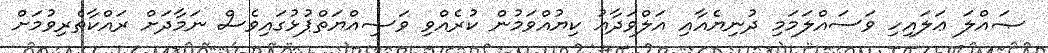
ޞައްލަ ޢަލައިހި ވަސައްލަމަމި ދުނިޔެއާއި އަލްވަދާޢު ކިޔުއްވަމުން ކުރެއްވި ވަޞިއްޔަތްޕުޅުގައިވެސް ނަމާދަށް ރައްކާތެރިވުމަށް